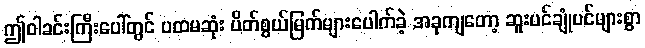
ဤဝါခင်းကြီးပေါ်တွင် ပထမဆုံး ပိတ်စွယ်မြက်များပေါက်ခဲ့ အခုကျတော့ ဆူးပင်ချုံပင်များစွာ